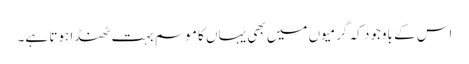
اس کے باوجود کہ گرمیوں میں بھی یہاں کا موسم بہت ٹھنڈا ہوتا ہے۔